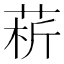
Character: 菥